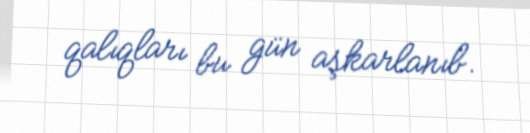
qalıqları bu gün aşkarlanıb.